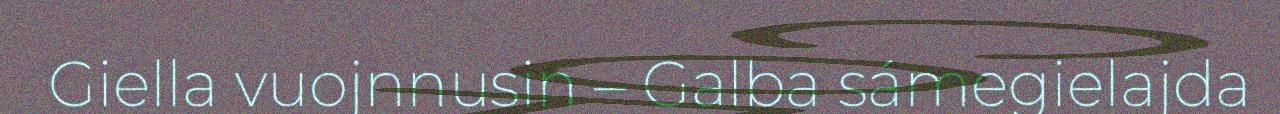
Giella vuojnnusin – Galba sámegielajda